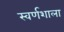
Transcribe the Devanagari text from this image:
स्वर्णशाला